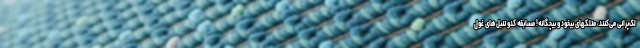
لک‌پرانی می‌کنند، متلکهای بیخود و بیچگانه! مسابقه کدو تنبل‌های غول